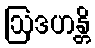
ဩဒဟန္တိ